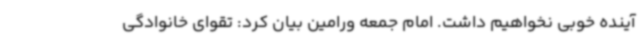
آینده خوبی نخواهیم داشت. امام جمعه ورامین بیان کرد: تقوای خانوادگی